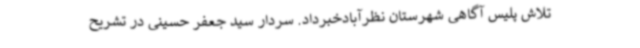
تلاش پلیس آگاهی شهرستان نظرآبادخبرداد. سردار سید جعفر حسینی در تشریح